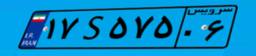
۲۰S۱۱۲۱۱